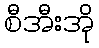
စီအီးအို